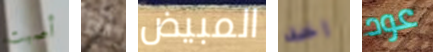
أصبت أنم المبيض اخد عود